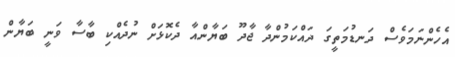
އެހެންނަމަވެސް ދަނޑުމަތީގަ ދައްކަމުންދާ ޖާދޫ ބަޔާންއާ ދެކޮޅަށް ނުދެއްކި ބާސާ ވަނީ ބަޔާން